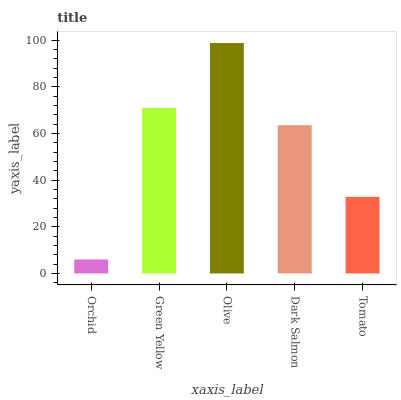
| xaxis_label | bars |
 | --- | --- |
 | Orchid | 6 |
 | Green Yellow | 71 |
 | Olive | 98.8 |
 | Dark Salmon | 63.5 |
 | Tomato | 32.8 |